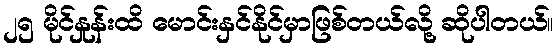
၂၅ မိုင်နှုန်းထိ မောင်းနှင်နိုင်မှာဖြစ်တယ်လို့ ဆိုပါတယ်။